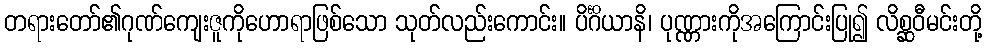
တရားတော်၏ဂုဏ်ကျေးဇူကိုဟောရာဖြစ်သော သုတ်လည်းကောင်း။ ပိင်္ဂိယာနိ၊ ပုဏ္ဏားကိုအကြောင်းပြု၍ လိစ္ဆဝီမင်းတို့